Civil Veterinary Dept. North-West Frontier Province 1901-22 - 1901-1922
Year: 1901
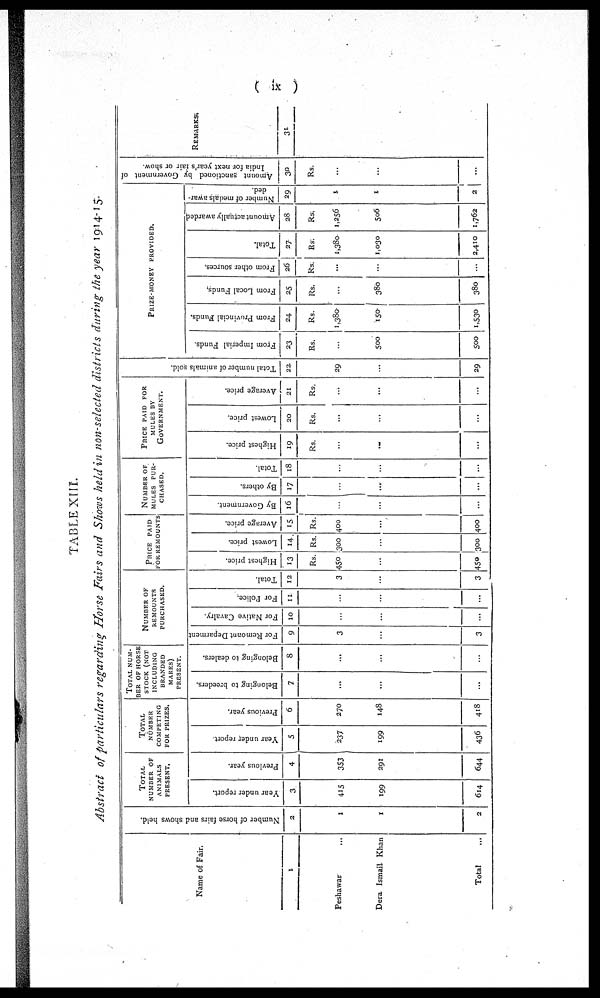
ix
TABLE XIII.
Abstract of particulars regarding Horse Fairs and Shows held in non-selected districts during the year 1914-15.
Name of Fair.
1
Peshawar ...
Dera Ismail Khan
Total ...
Number of horse fairs and shows held.
2
1
1
2
TOTAL
NUMBER OF
ANIMALS
PRESENT.
Year under report.
3
415
199
614
Previous year.
4
353
291
644
TOTAL
NUMBER
COMPETING
FOR PRIZES.
Year under report.
5
237
199
436
Previous year.
6
270
148
418
TOTAL
NUM-
--- OF HORSE
STOCK (NOT
INCLUDING
BRANDED
MARES)
PRESENT.
Belonging to breeders.
7
...
...
...
Belonging to dealers.
8
...
...
...
NUMBER OF
REMOUNTS
PURCHASED.
For Remonnt Department
9
3
...
3
For Native Cavalry.
10
...
...
...
For Police.
11
...
...
...
Total.
12
3
...
3
PRICE PAID
FOR REMOUNTS
Highest price.
13
Rs.
450
...
459
Lowest price.
14
Rs.
300
...
300
Average price.
15
Rs.
400
...
400
NUMBER OF
MULES
PUR-
------.
By Government.
16
...
...
...
By others.
17
...
...
...
Total.
18
...
...
...
PRICE PAID FOR
MULES BY
GOVERNMENT.
Highest price.
19
Rs.
...
...
...
Lowest price.
20
Rs.
...
...
...
Average price.
21
Rs.
...
...
...
Total number of animals sold.
22
29
...
29
PRIZE-MONEY
PROVIDED.
From Imperial Funds.
23
Rs.
...
500
500
From Provincial Funds.
24
Rs.
1,380
150
1,530
From Local Funds.
25
Rs.
...
380
380
From other sources.
26
Rs.
...
...
...
Total.
27
Rs.
1,380
1,030
2,410
Amount actually awarded
28
Rs,
1,256
506
1,762
Number
of medals awar-
ded.
29
1
1
2
Amount sanctioned by Government of
India for next year's fair or show.
30
Rs.
...
...
...
REMARKS
31